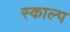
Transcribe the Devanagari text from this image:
स्काल्प